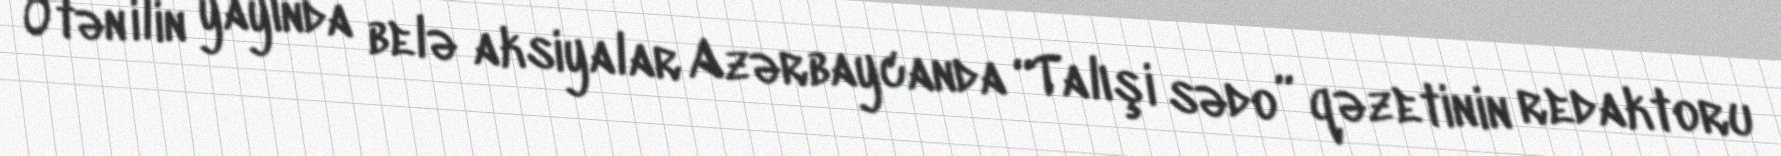
Ötən ilin yayında belə aksiyalar Azərbaycanda “Talışi sədo” qəzetinin redaktoru